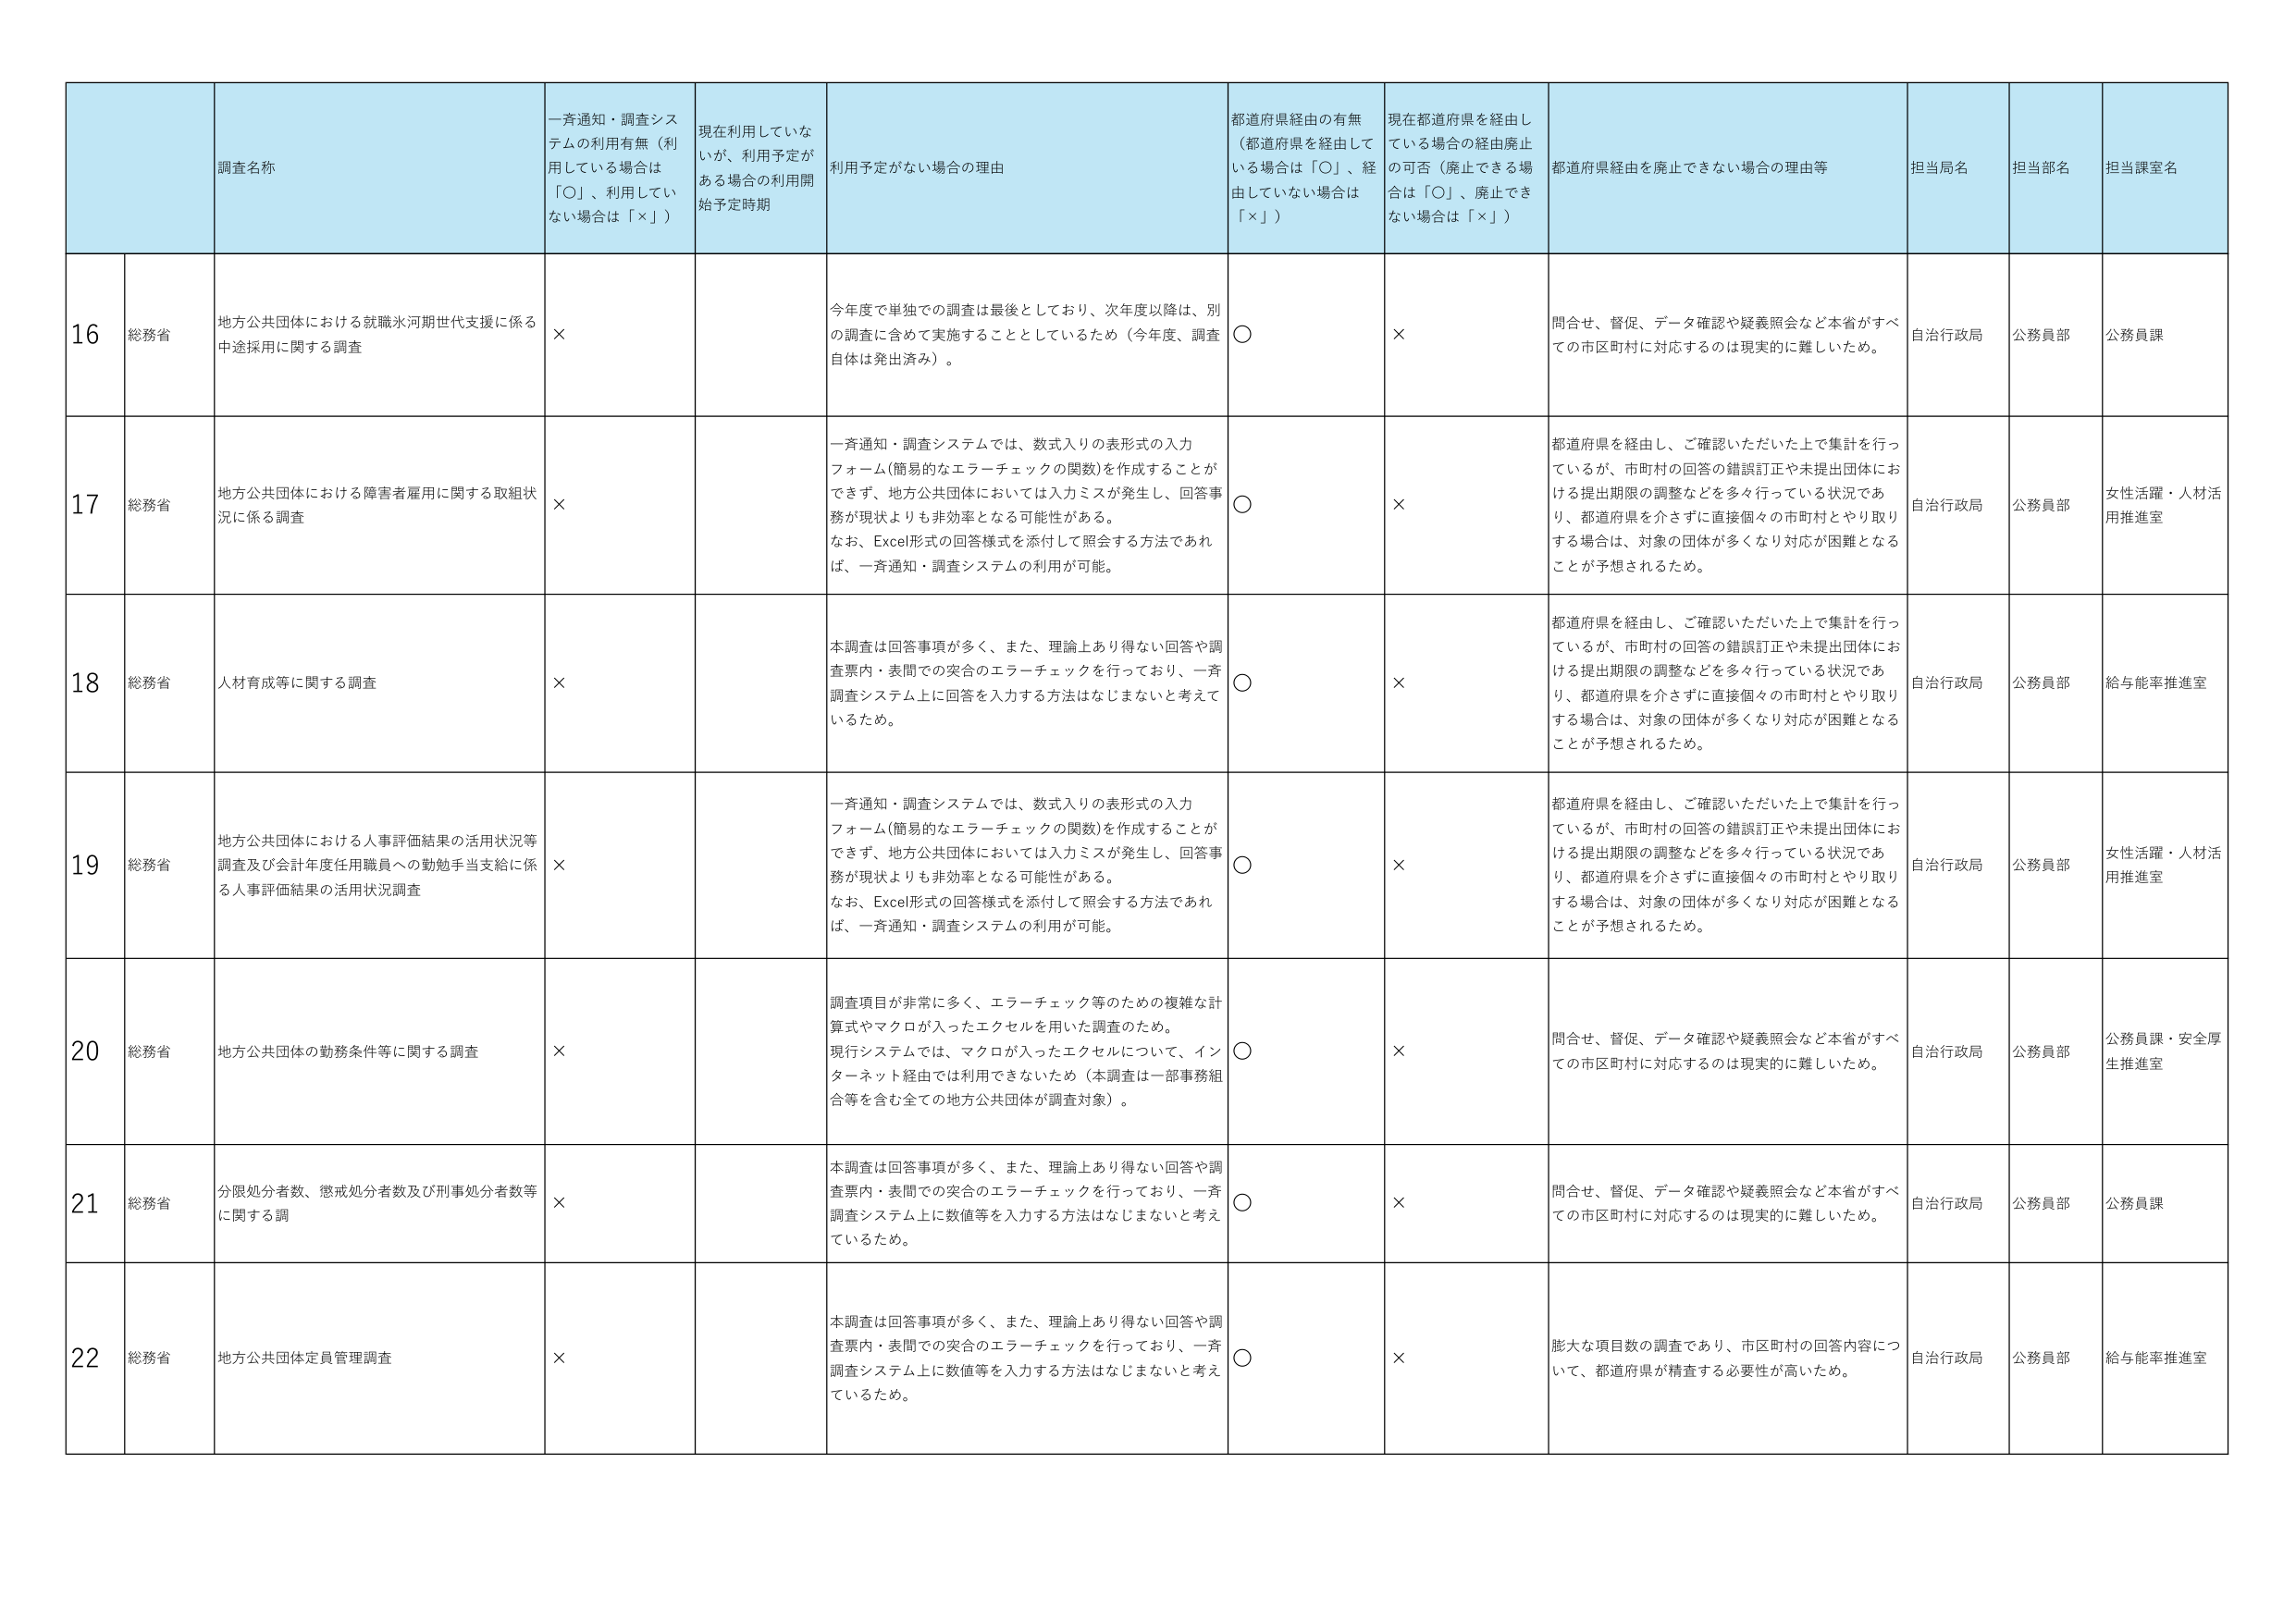
16 総務省 地方公共団体における就職氷河期世代支援に係る中途採用に関する調査 × 今年度で単独での調査は最後としており、次年度以降は、別の調査に含めて実施することとしているため（今年度、調査自体は発出済み）。 ○ × 問合せ、督促、データ確認や疑義照会など本省がすべての市区町村に対応するのは現実的に難しいため。 自治行政局 公務員部 公務員課

17 総務省 地方公共団体における障害者雇用に関する取組状況に係る調査 × 一斉通知・調査システムでは、数式入りの表形式の入力フォーム（簡易的なエラーチェックの関数）を作成することができず、地方公共団体においては入力ミスが発生し、回答事務が現状よりも非効率となる可能性がある。 なお、Excel形式の回答様式を添付して照会する方法であれば、一斉通知・調査システムの利用が可能。 ○ × 都道府県を経由し、ご確認いただいた上で集計を行っているが、市町村の回答の錯誤訂正や未提出団体における提出期限の調整などを多々行っている状況であり、都道府県を介さずに直接個々の市町村とやり取りする場合は、対象の団体が多くなり対応が困難となることが予想されるため。 自治行政局 公務員部 女性活躍・人材活用推進室

18 総務省 人材育成等に関する調査 × 本調査は回答事項が多く、また、理論上あり得ない回答や調査票内・表間での突合のエラーチェックを行っており、一斉調査システム上に回答を入力する方法はなじまないと考えているため。 ○ × 都道府県を経由し、ご確認いただいた上で集計を行っているが、市町村の回答の錯誤訂正や未提出団体における提出期限の調整などを多々行っている状況であり、都道府県を介さずに直接個々の市町村とやり取りする場合は、対象の団体が多くなり対応が困難となることが予想されるため。 自治行政局 公務員部 給与能率推進室

19 総務省 地方公共団体における人事評価結果の活用状況等調査及び会計年度任用職員への勤勉手当支給に係る人事評価結果の活用状況調査 × 一斉通知・調査システムでは、数式入りの表形式の入力フォーム（簡易的なエラーチェックの関数）を作成することができず、地方公共団体においては入力ミスが発生し、回答事務が現状よりも非効率となる可能性がある。 なお、Excel形式の回答様式を添付して照会する方法であれば、一斉通知・調査システムの利用が可能。 ○ × 都道府県を経由し、ご確認いただいた上で集計を行っているが、市町村の回答の錯誤訂正や未提出団体における提出期限の調整などを多々行っている状況であり、都道府県を介さずに直接個々の市町村とやり取りする場合は、対象の団体が多くなり対応が困難となることが予想されるため。 自治行政局 公務員部 女性活躍・人材活用推進室

20 総務省 地方公共団体の勤務条件等に関する調査 × 調査項目が非常に多く、エラーチェック等のための複雑な計算式やマクロが入ったエクセルを用いた調査のため。 現行システムでは、マクロが入ったエクセルについて、インターネット経由では利用できないため（本調査は一部事務組合等を含む全ての地方公共団体が調査対象）。 ○ × 問合せ、督促、データ確認や疑義照会など本省がすべての市区町村に対応するのは現実的に難しいため。 自治行政局 公務員部 公務員課・安全厚生推進室

21 総務省 分限処分者数、懲戒処分者数及び刑事処分者数等に関する調 × 本調査は回答事項が多く、また、理論上あり得ない回答や調査票内・表間での突合のエラーチェックを行っており、一斉調査システム上に数値等を入力する方法はなじまないと考えているため。 ○ × 問合せ、督促、データ確認や疑義照会など本省がすべての市区町村に対応するのは現実的に難しいため。 自治行政局 公務員部 公務員課

22 総務省 地方公共団体定員管理調査 × 本調査は回答事項が多く、また、理論上あり得ない回答や調査票内・表間での突合のエラーチェックを行っており、一斉調査システム上に数値等を入力する方法はなじまないと考えているため。 ○ × 膨大な項目数の調査であり、市区町村の回答内容について、都道府県が精査する必要性が高いため。 自治行政局 公務員部 給与能率推進室

調査名称 一斉通知・調査システムの利用有無（利用している場合は「○」、利用していない場合は「×」） 現在利用していないが、利用予定がある場合の利用開始予定時期 利用予定がない場合の理由 都道府県経由の有無（都道府県を経由している場合は「○」、経由していない場合は「×」） 現在都道府県を経由している場合の経由廃止の可否（廃止できる場合は「○」、廃止できない場合は「×」） 都道府県経由を廃止できない場合の理由等 担当局名 担当部名 担当課室名